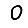
Digit: 0